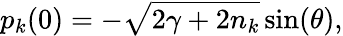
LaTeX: p_{k}(0)=-\sqrt{2\gamma+2n_{k}}\sin(\theta),